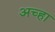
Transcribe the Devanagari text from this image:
अच्हा